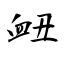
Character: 衄